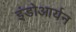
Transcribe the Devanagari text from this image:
इंडोआर्यन